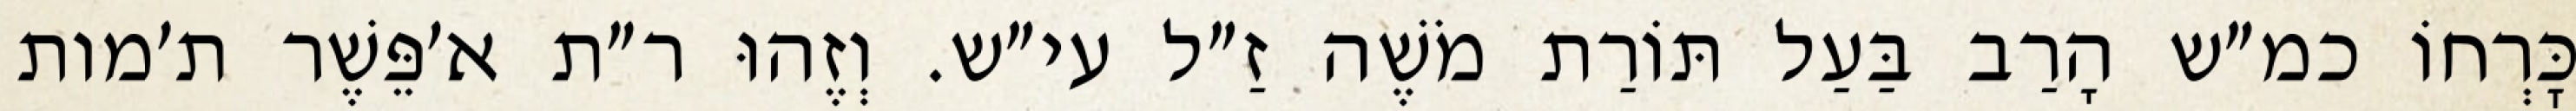
כׇּרְחוֹ כמ״ש הָרַב בַּעַל תּוֹרַת מֹשֶׁה זַ״ל עי״ש. וְזֶהוּ ר״ת א׳פֵּשֶׁר ת׳מות